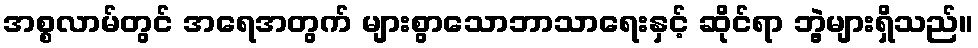
အစ္စလာမ်တွင် အရေအတွက် များစွာသောဘာသာရေးနှင့် ဆိုင်ရာ ဘွဲ့များရှိသည်။